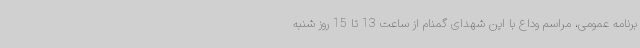
برنامه عمومی، مراسم وداع با این شهدای گمنام از ساعت 13 تا 15 روز شنبه